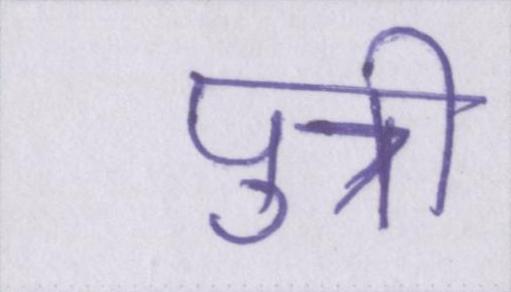
पुत्री